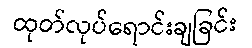
ထုတ်လုပ်ရောင်းချခြင်း